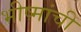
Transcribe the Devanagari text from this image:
भीष्मांची